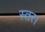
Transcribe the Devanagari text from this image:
स्तर।